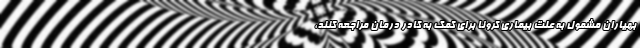
بهیاران مشمول به علت بیماری کرونا برای کمک به کادر درمان مراجعه کنند،